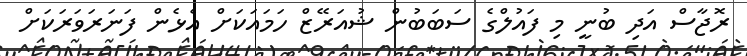
ރޮޖާސް އަދި ބުނީ މި ފައުލްގެ ސަބަބުން ޝުއަރޭޒް ހަމައަކަށް އެޅެން ފަނަރަވަރަކަށް